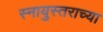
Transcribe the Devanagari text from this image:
स्नायुस्तराच्या